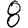
Digit: 8